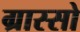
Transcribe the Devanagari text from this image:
ग्रास्सो